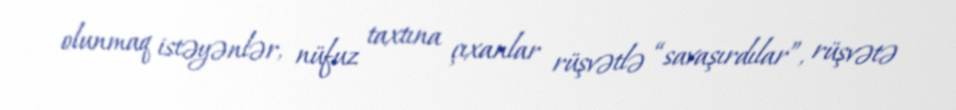
olunmaq istəyənlər, nüfuz taxtına çıxanlar rüşvətlə “savaşırdılar”, rüşvətə